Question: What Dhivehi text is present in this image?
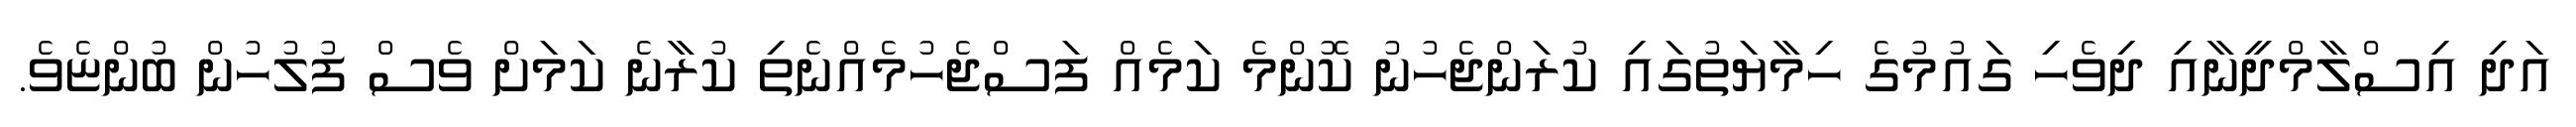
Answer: އަދި އިސްލާމްދީނާއި ދިވެހި ގައުމުގެ ހިމާޔަތުގައި ކުރަންޖެހުނު ކޮންމެ ކަމެއް ފަސްޖެހުމެއްނެތި ކުރާނެ ކަމަށް ވެސް ފުލުހުން ބުންޏެވެ.